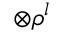
\otimes { \boldsymbol { \rho } } ^ { l }